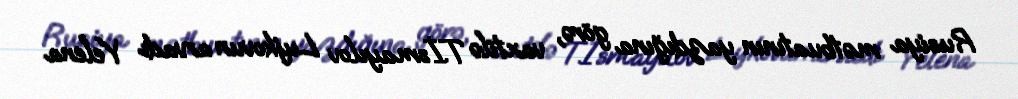
Rusiya mətbuatının yazdığına görə, vaxtilə T.İsmayılov Lujkovun arvadı Yelena